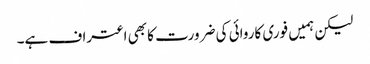
لیکن ہمیں فوری کاروائی کی ضرورت کا بھی اعتراف ہے۔